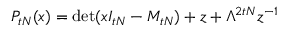
P _ { t N } ( x ) = \operatorname * { d e t } ( x I _ { t N } - M _ { t N } ) + z + \Lambda ^ { 2 t N } z ^ { - 1 }